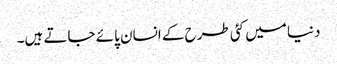
دنیا میں کئی طرح کے انسان پائے جاتے ہیں۔